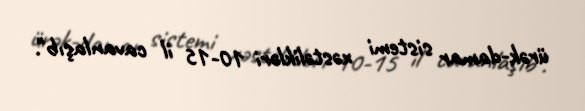
ürək-damar sistemi xəstəlikləri 10-15 il cavanlaşıb".